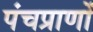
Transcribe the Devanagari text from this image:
पंचप्राणों